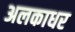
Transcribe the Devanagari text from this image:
अलकाधर